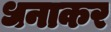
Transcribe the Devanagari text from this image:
धनाकर